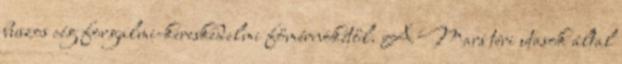
buszos cég forgalmi-kereskedelmi főmérnökétől. A Mars téri utasok által